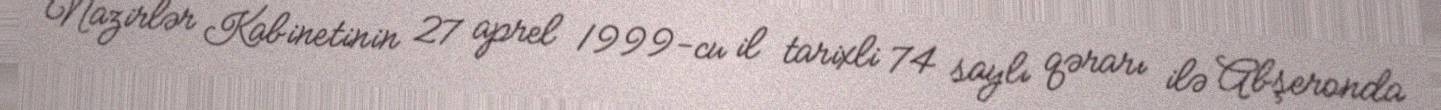
Nazirlər Kabinetinin 27 aprel 1999-cu il tarixli 74 saylı qərarı ilə Abşeronda